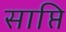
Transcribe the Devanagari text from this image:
साप्ति